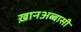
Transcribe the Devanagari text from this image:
ख़ानअब्बासी